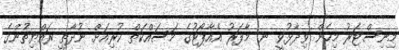
މިނިސްޓަރު މިހެން ވިދާޅުވީ ނ. މާފަރު އެއާޕޯޓުގެ މަސައްކަތް ކުރިއަށް ނުދާތީ ރައްޔިތުންގެ